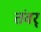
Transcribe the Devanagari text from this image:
तंवर्